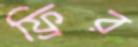
ফ্রির